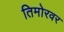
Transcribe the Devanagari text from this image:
तिमोरवर